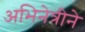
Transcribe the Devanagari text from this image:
अभिनेत्रीने